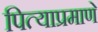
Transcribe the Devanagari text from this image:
पित्याप्रमाणे